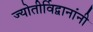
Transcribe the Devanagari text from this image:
ज्योतीर्विद्वानांनी